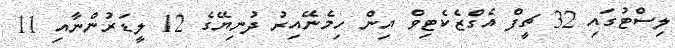
ލިސްޓުގައި 32 ޗީފް އެގްޒެކެޓިވް އިން ހިމެނޭއިރު ދުނިޔޭގެ 12 ލީޑަރުންނާއި 11